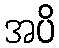
အပိ